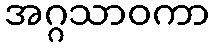
အဂ္ဂသာဝကာ